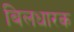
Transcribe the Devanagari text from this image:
बिलधारक